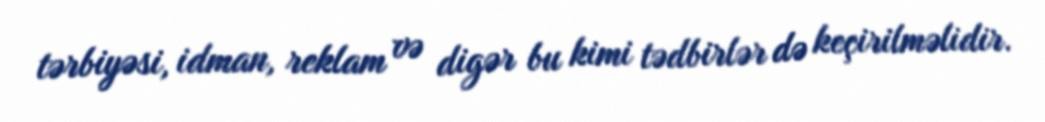
tərbiyəsi, idman, reklam və digər bu kimi tədbirlər də keçirilməlidir.